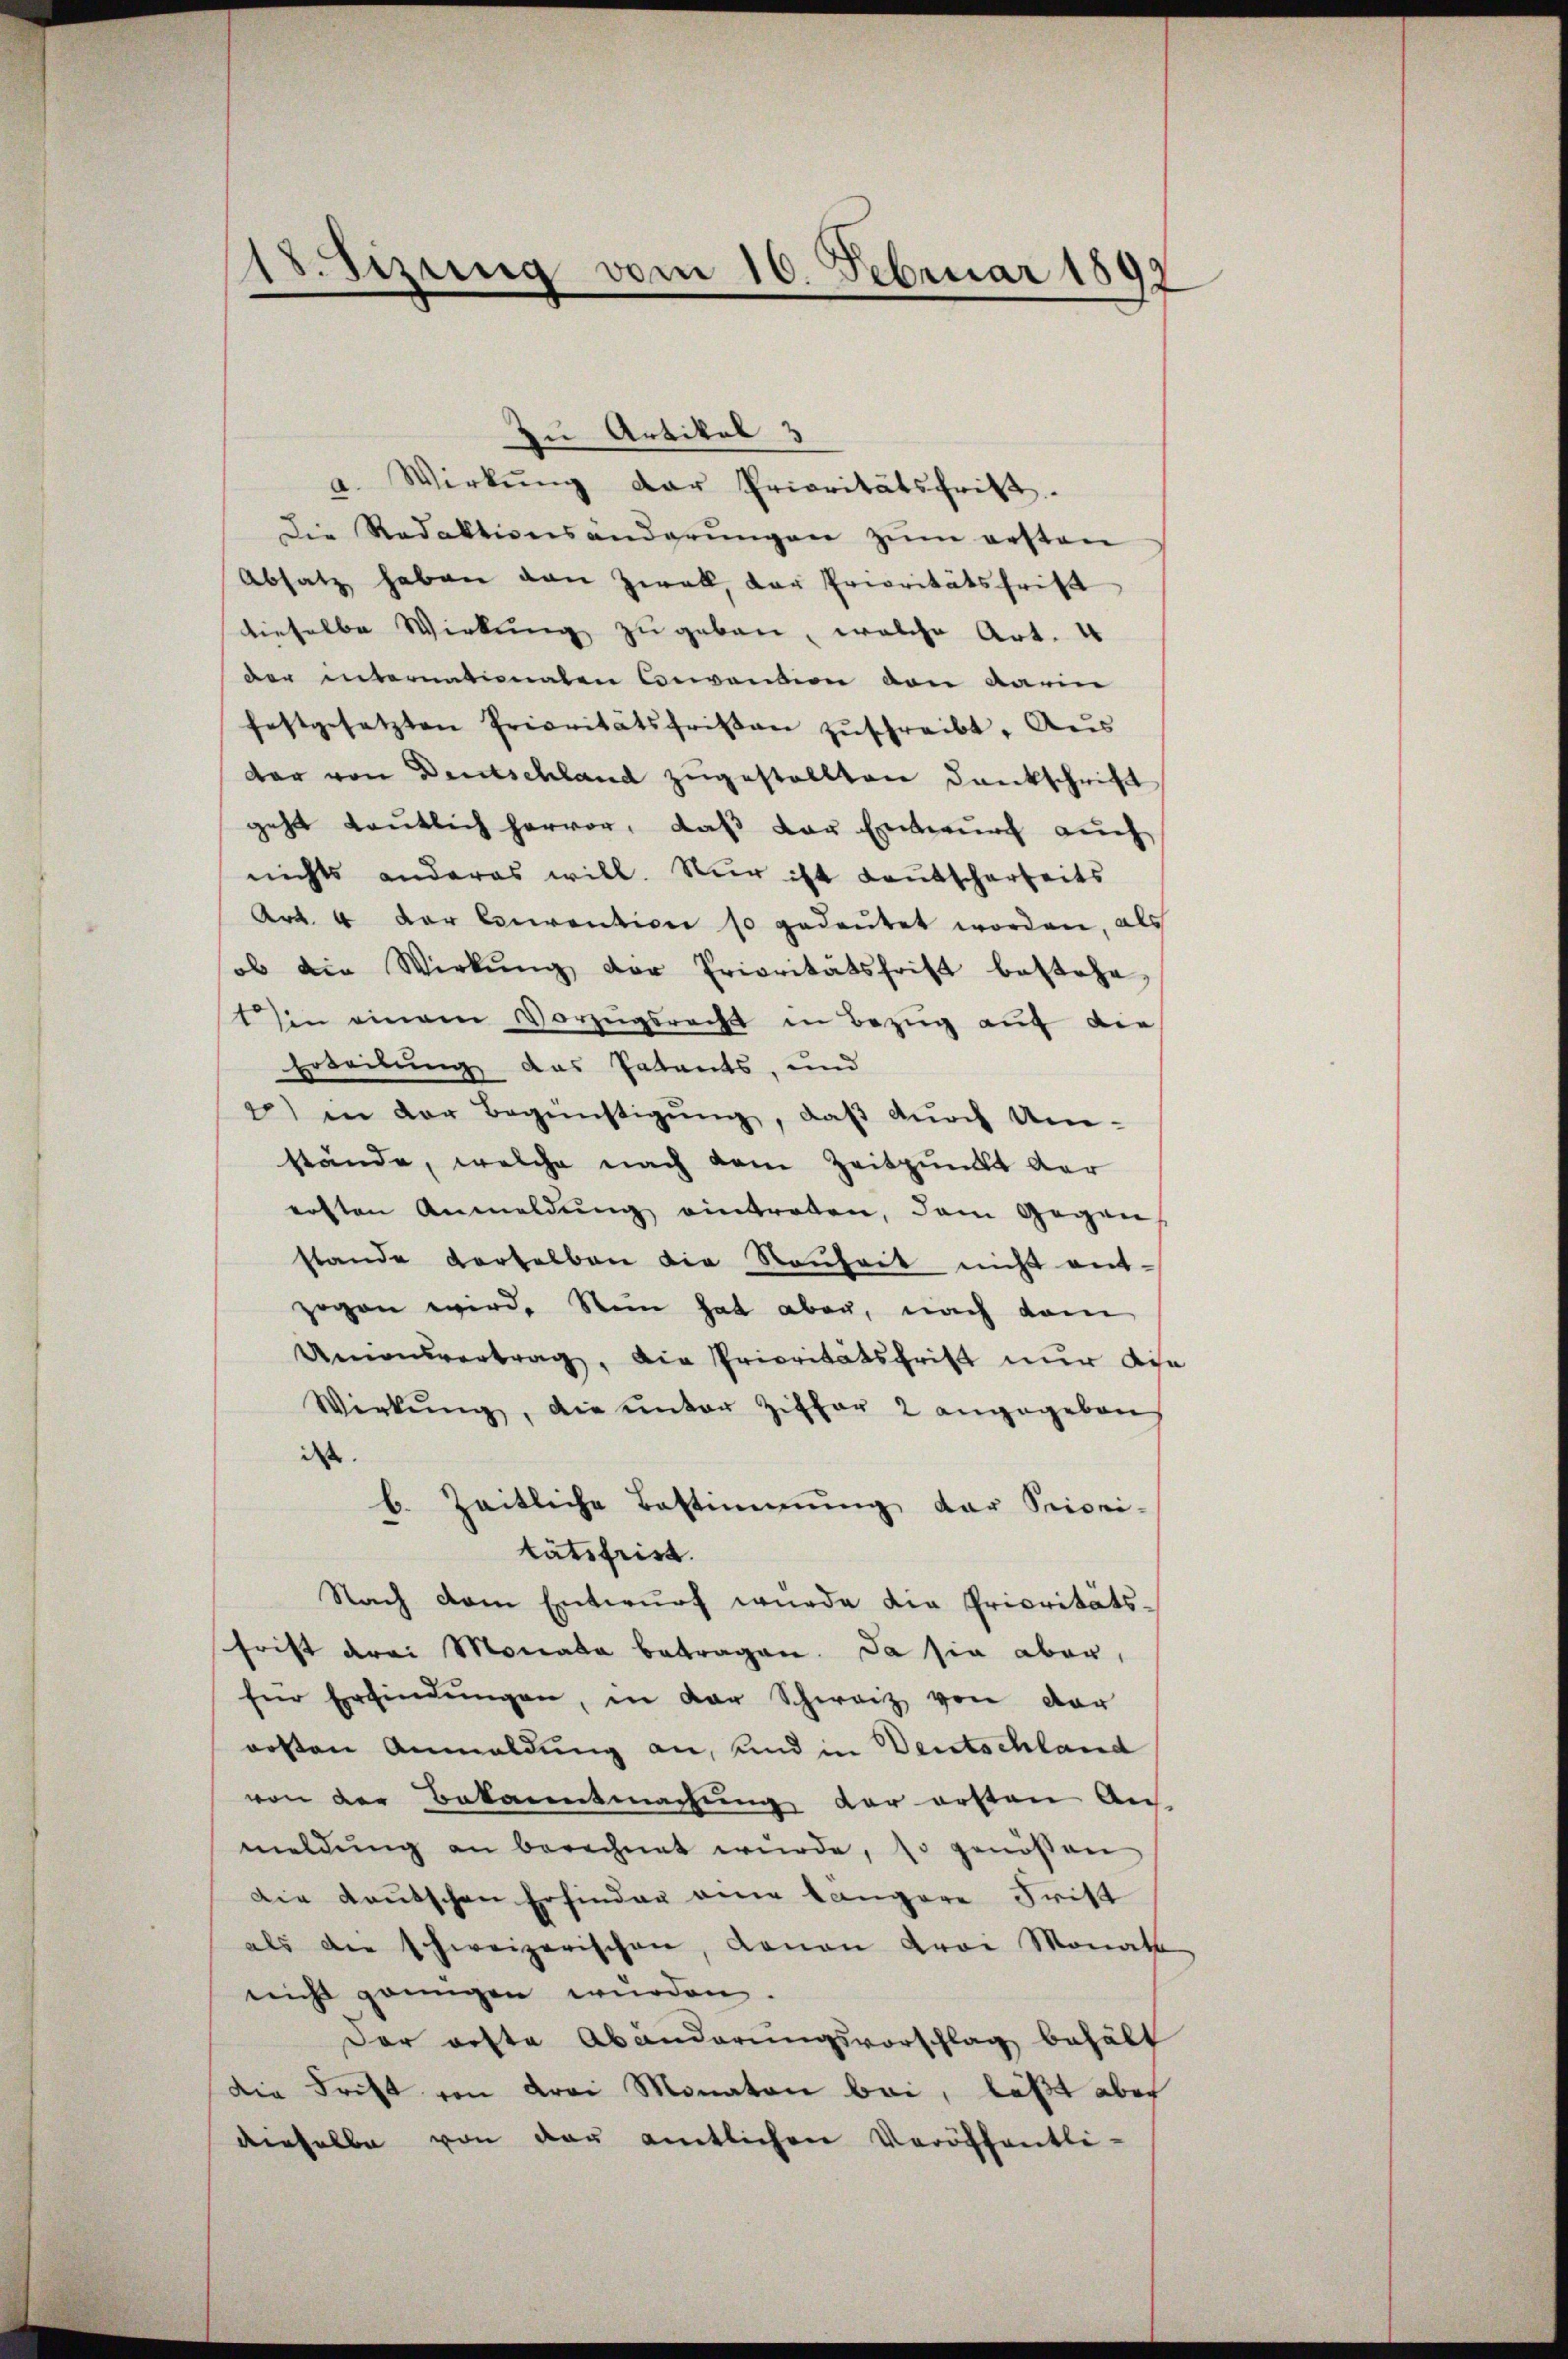
.
1
Sitzung vom 10. Februar 1897

zu Artikel 3
a. Wirkŭng der Prioritätsfrist.
Die Redaktionsänderŭngen zŭm ersten
Absatz haben van Zwak, der Prioritätsfrist
dieselbe Wirkung zugeben, welche Art. 4
der internationaten Convention von darin
festgesetzten Prioritätsfristen zŭschreibt. Aus
dar von Deutschland zugestellten Dankschrift
geht deutlich hervor, daß der Entwurf auch
nichts anderes will. Nur ist Kautscharbeits
Art. 4 der Conventione so gedeutet worden, als
ob die Wirkŭng der Prioritätsfrist bestehe,
in einem Vorzugsrecht in Bezug auf die
Erteilung das Patents, und
4) in der Begünstigŭng, daß durch Umstände, welche nach dem Zeitpunkt der
ersten Anmeldŭng eintreten, dem Gegen,
stande verselben die Rauheit nicht entgegen wird. Sein hat aber, nach dam
Unionsvertrag, die Prioritätsfrist nur die
Wirkung, die unter Ziffer 2 angegeben
dass
b. Zeitliche Bestimmung der Priori-
tätsfrist.
Nach dem Entwurf wurde die Prioritäts-
frist drei Monata betragen. Da sie aber,
für Erfindŭngen, in der Schweiz von der
ersten Anmeldung an, und in Deutschland
von der Bekanntmachung der ersten An-
meldŭng an berechnet wŭrde, so genossen
Die deutschen Erfinden an längere Frist
als die schweizerischen, donan Frei Monats
nicht grungen wurden.
Der erste Abänderungsvorschlag behält
die Frist von drei Monaten bei, läßt aber
dieselbe von der amtlichen Veröffentli-